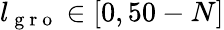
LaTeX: l_{\mathrm{~g~r~o~}}\in[0,50-N]